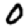
Digit: 0